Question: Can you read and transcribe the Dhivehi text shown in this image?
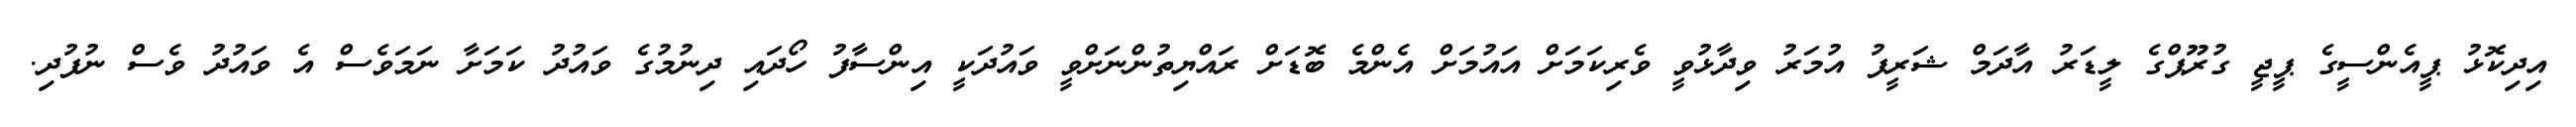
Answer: އިދިކޮޅު ޕީއެންސީގެ ޕީޖީ ގުރޫޕްގެ ލީޑަރު އާދަމް ޝަރީފު އުމަރު ވިދާޅުވީ ވެރިކަމަށް އައުމަށް އެންމެ ބޮޑަށް ރައްޔިތުންނަށްވީ ވައުދަކީ އިންސާފު ހޯދައި ދިނުމުގެ ވައުދު ކަމަށާ ނަމަވެސް އެ ވައުދު ވެސް ނުފުދި.